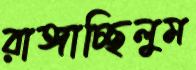
রাঙ্গাচ্ছিলুম